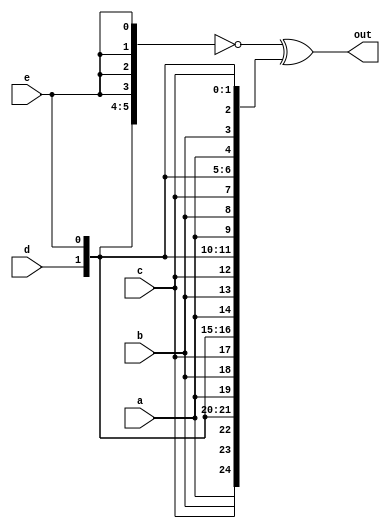
// This program was cloned from: https://github.com/viduraakalanka/HDL-Bits-Solutions
// License: The Unlicense

module top_module (
    input a, b, c, d, e,
    output [24:0] out );//

    // The output is XNOR of two vectors created by 
    // concatenating and replicating the five inputs.
    assign out = ~{ {5{a}},{5{b}},{5{c}},{5{d}},{5{e}}} ^ { {5{a,b,c,d,e}}};
endmodule